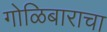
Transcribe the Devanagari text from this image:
गोळिबाराचा